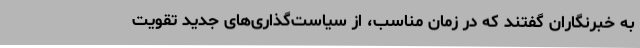
به خبرنگاران گفتند که در زمان مناسب، از سیاست‌گذاری‌های جدید تقویت